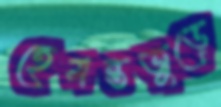
হেমন্তজুড়ে